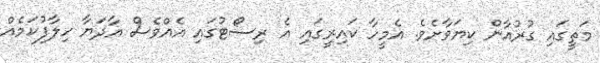
މަތީގައި ގުރުއާން ކިޔަވާށެވެ. އެމީހާ ކައިރީގައި އެ ރިސޯޓުގައި އެއްވެސް އާދަޔާ ހިލާފުކަމެއް